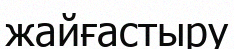
жайғастыру